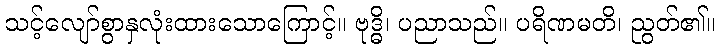
သင့်လျော်စွာနှလုံးထားသောကြောင့်။ ဗုဒ္ဓိ၊ ပညာသည်။ ပရိဏမတိ၊ ညွတ်၏။